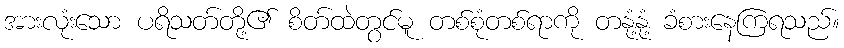
အားလုံးသော ပရိသတ်တို့၏ စိတ်ထဲတွင်မူ တစ်စုံတစ်ရာကို တနုံ့နုံ့ ခံစားနေကြရသည်။